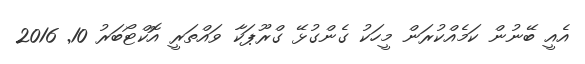
އެއީ ބޭނުން ކަމެއްކުރަން މީހަކު ގެންގުޅޭ ގްރޫޕަކާ ވައްތަރީ އޮކްޓޯބަރު 10